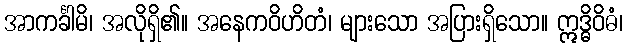
အာကင်္ခါမိ၊ အလိုရှိ၏။ အနေကဝိဟိတံ၊ များသော အပြားရှိသော။ ဣဒ္ဓိဝိဓံ၊